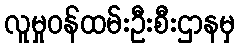
လူမှုဝန်ထမ်းဦးစီးဌာနမှ